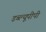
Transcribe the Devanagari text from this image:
डब्ल्यूपीपी